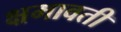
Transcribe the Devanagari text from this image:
क्षमावती